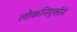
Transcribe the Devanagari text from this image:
लोकनियुक्तीने